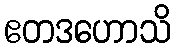
ဧတဒဟောသိ